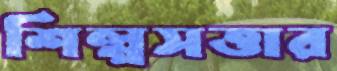
শিল্পসত্তার